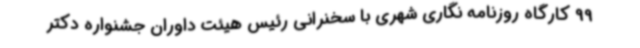
99 کارگاه روزنامه نگاری شهری با سخنرانی رئیس هیئت داوران جشنواره دکتر